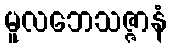
မူလဘေသဇ္ဇာနံ